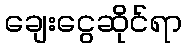
ချေးငွေဆိုင်ရာ